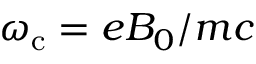
\omega _ { \mathrm { c } } = e B _ { 0 } / m c